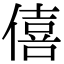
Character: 僖